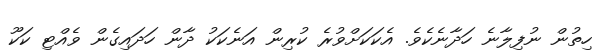
ހިތުން ނުފިލާނެ ހަދާނެކެވެ. އެކަކަށްވުރެ ކުރިން އަނެކަކު ދާން ހަދައިގެން ވެއްޓި ކަކޫ